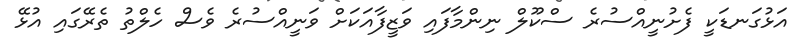
އަޅުގަނޑަކީ ފެށުނީއްސުރެ ސްކޫލް ނިންމާފައި ވަޒީފާއަކަށް ވަނީއްސުރެ ވެސް ހެލްތު ތެރޭގައި އުޅޭ